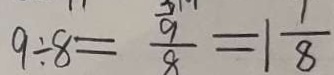
9 \div 8 = \frac { 9 } { 8 } = 1 \frac { 1 } { 8 }